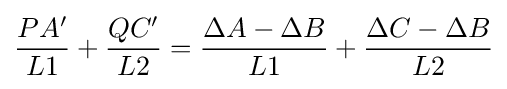
{\dfrac {PA'}{L1}}+{\dfrac {QC'}{L2}}={\dfrac {\Delta A-\Delta B}{L1}}+{\dfrac {\Delta C-\Delta B}{L2}}